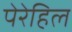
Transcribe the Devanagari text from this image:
पेरेहिल